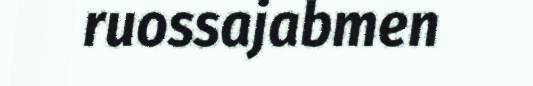
ruossajabmen